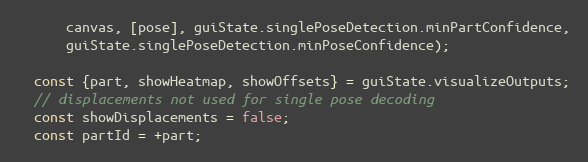
Language: JavaScript
      canvas, [pose], guiState.singlePoseDetection.minPartConfidence,
      guiState.singlePoseDetection.minPoseConfidence);

  const {part, showHeatmap, showOffsets} = guiState.visualizeOutputs;
  // displacements not used for single pose decoding
  const showDisplacements = false;
  const partId = +part;